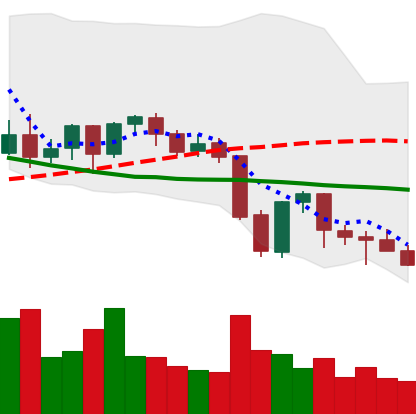
Ticker: NEO-USD
Chart end date: 2021-09-28
Forward return: 23.497%
Label: up_7plus